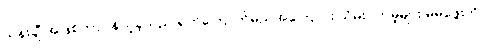
သန်းချီ အဖြစ်တာဝန်ယူခဲ့သည် ရှက်ကြောက်မည်အကြောင်း သိမ်းပိုက်မှုများ မမဖွေးကို